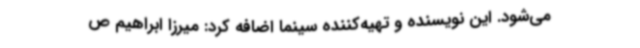
می‌شود. این نویسنده و تهیه‌کننده سینما اضافه کرد: میرزا ابراهیم ص